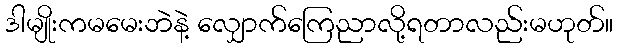
ဒါမျိုးကမမေးဘဲနဲ့ လျှောက်ကြေညာလို့ရတာလည်းမဟုတ်။